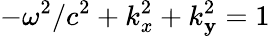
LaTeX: -\omega^{2}/c^{2}+k_{x}^{2}+k_{\mathbf{y}}^{2}=1